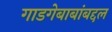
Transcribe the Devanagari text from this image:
गाडगेबाबांबद्दल